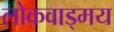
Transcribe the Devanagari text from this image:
लोकवाड्मय